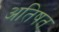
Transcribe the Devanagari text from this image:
अतिषत